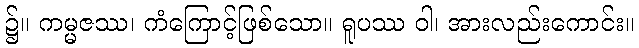
၌။ ကမ္မဇဿ၊ ကံကြောင့်ဖြစ်သော။ ရူပဿ ဝါ၊ အားလည်းကောင်း။